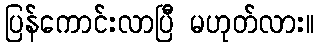
ပြန်ကောင်းလာပြီ မဟုတ်လား။